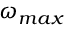
\omega _ { m a x }